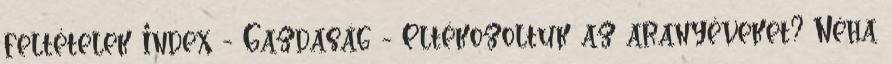
feltételek Index - Gazdaság - Eltékozoltuk az aranyéveket? Néha